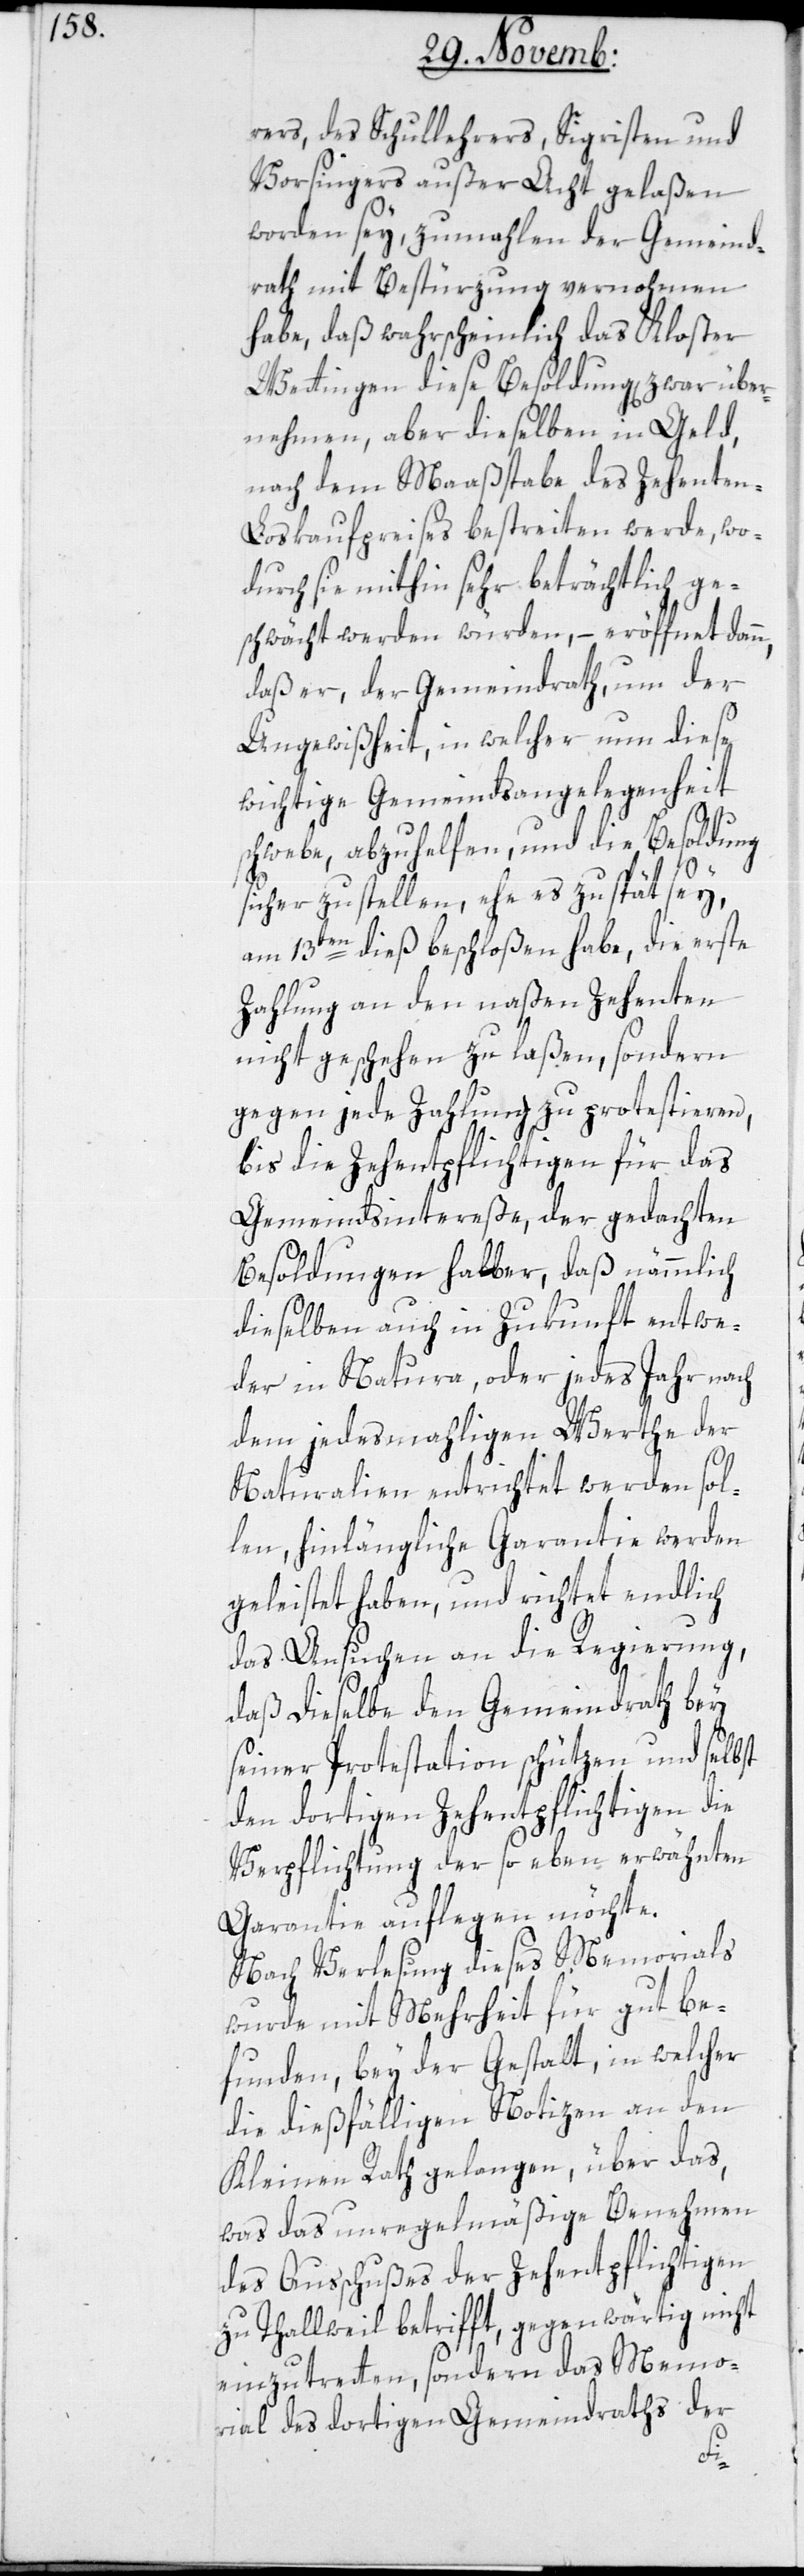
rers, des Schullehrers, Sigristen und
Vorsingers außer Acht gelaßen
worden sey, zumahlen der Gemeind¬
rath mit Bestürzung vernohmen
habe, daß wahrscheinlich das Kloster
Wettingen diese Besoldung, zwar über¬
nehmen, aber dieselben in Geld,
nach dem Maaßstabe des Zehente¬
n-Loskaufpreises beßtreiten werde, wo¬
durch sie mithin sehr beträchtlich ge¬
schwächt werden würden, – eröffnet dann,
daß er, der Gemeindrath, um der
Ungewißheit, in welcher nun diese
wichtige Gemeindsangelegenheit
schwebe, abzuhelfen, und die Besoldung
sicherzustellen, ehe es zu spät sey,
am 13ten dieß beschloßen habe, die erste
Zahlung an den naßen Zehenten
nicht geschehen zu laßen, sondern
gegen jede Zahlung zu protestieren,
bis die Zehentpflichtigen für das
Gemeindsintereße, der gedachten
Besoldungen halber, daß nämmlich
dieselben auch in Zukunft entwe¬
der in Natura, oder jedes Jahr nach
dem jedesmahligen Werthe der
Naturalien entrichtet werden sol¬
len, hinlängliche Garantie werden
geleistet haben, und richtet endlich
das Ansuchen an die Regierung,
daß dieselbe den Gemeindrath bey
seiner Protestation schützen und selbst
den dortigen Zehentpflichtigen die
Verpflichtung der so eben erwähnten
Garantie auflegen möchte.
Nach Verlesung dieses Memorials
wurde mit Mehrheit für gut be¬
funden, bey der Gestalt, in welcher
die dießfälligen Notizen an den
Kleinen Rath gelangen, über das,
was das unregelmäßige Benehmen
des Ausschußes der Zehentpflichtigen
zu Thalweil betrifft, gegenwärtig nicht
einzutreten, sondern das Memo¬
rial des dortigen Gemeindraths der